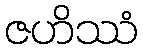
ဇဟိဿံ